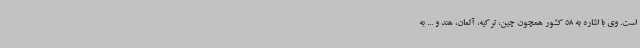
است. وی با اشاره به 58 کشور همچون چین، ترکیه، آلمان، هند و ... به